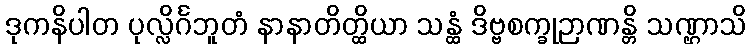
ဒုကနိပါတ ပုလ္လိင်္ဂဘူတံ နာနာတိတ္ထိယာ သန္ထံ ဒိဗ္ဗစက္ခုဉာဏန္တိ သဏ္ဌာသိ